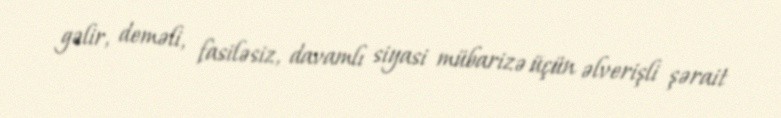
gəlir, deməli, fasiləsiz, davamlı siyasi mübarizə üçün əlverişli şərait